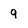
Character: 9